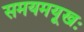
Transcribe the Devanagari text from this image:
समयमयूखः